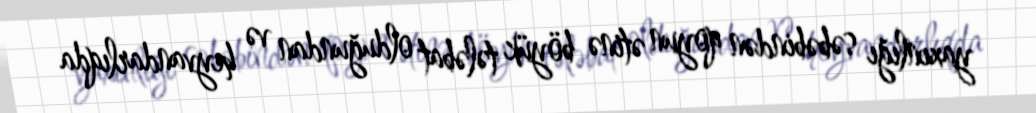
yaxınlığı səbəbindən qoyun ətinə böyük tələbat olduğundan və heyvandarlıqda